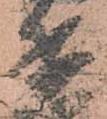
兵